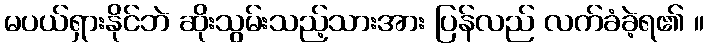
မပယ်ရှားနိုင်ဘဲ ဆိုးသွမ်းသည့်သားအား ပြန်လည် လက်ခံခဲ့ရ၏ ။